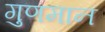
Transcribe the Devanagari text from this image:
गुणमान